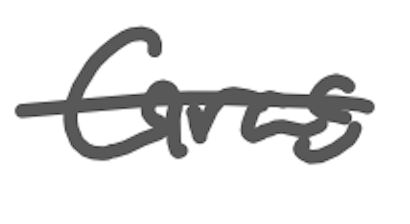
Text: Gras
Cross-out: mix
Writing tool: digital_gray